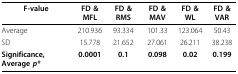
<table><thead><tr><td><b>F-value</b></td><td><b>FD &amp; MFL</b></td><td><b>FD &amp; RMS</b></td><td><b>FD &amp; MAV</b></td><td><b>FD &amp; WL</b></td><td><b>FD &amp; VAR</b></td></tr></thead><tbody><tr><td>Average</td><td>210.936</td><td>93.334</td><td>101.33</td><td>123.064</td><td>50.43</td></tr><tr><td>SD</td><td>15.778</td><td>21.652</td><td>27.061</td><td>26.211</td><td>38.238</td></tr><tr><td><b>Significance, Average <i>p*</i></b></td><td><b>0.0001</b></td><td><b>0.1</b></td><td><b>0.098</b></td><td><b>0.02</b></td><td><b>0.199</b></td></tr></tbody></table>